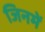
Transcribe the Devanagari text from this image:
जिनमें